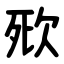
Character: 㰷